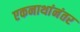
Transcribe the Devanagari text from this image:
एकनाथांनंतर